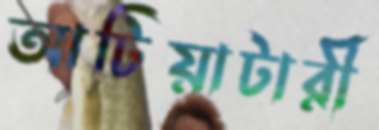
আটিয়াটারী